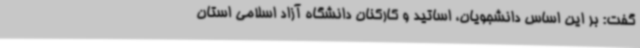
گفت: بر این اساس دانشجویان، اساتید و کارکنان دانشگاه آزاد اسلامی استان